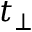
t _ { \perp }